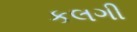
કલગી